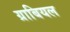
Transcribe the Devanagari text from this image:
ग्राबियल